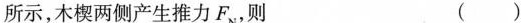
所示，木楔两侧产生推力F_{N}，则 ( )